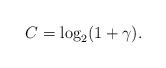
LaTeX: \begin{align*} C=\log_2(1+\gamma).\end{align*}